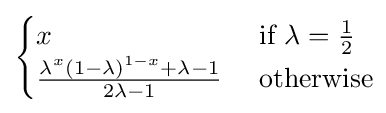
{\begin{cases}x&{\text{ if }}\lambda ={\frac {1}{2}}\\{\frac {\lambda ^{x}(1-\lambda )^{1-x}+\lambda -1}{2\lambda -1}}&{\text{ otherwise}}\end{cases}}\!